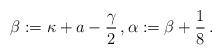
LaTeX: \begin{align*} \beta := \kappa + a - \frac{\gamma}{2} \, , \alpha := \beta + \frac{1}{8} \, .\end{align*}